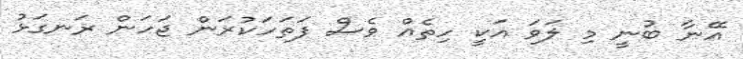
އޭނާ ބުނީ މި ލަވަ އަކީ ހިތެއް ވެސް ފަތަހަކުރަން ޖަހަން ރަނގަޅު